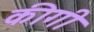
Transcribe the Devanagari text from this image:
कीगी